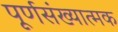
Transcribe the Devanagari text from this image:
पूर्णसंख्यात्मक